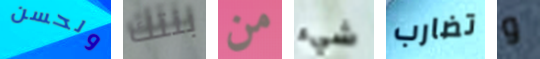
ولحسن بنتك من شيء تضارب و